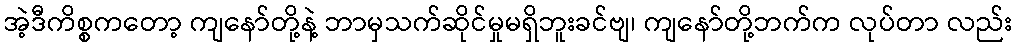
အဲ့ဒီကိစ္စကတော့ ကျနော်တို့နဲ့ ဘာမှသက်ဆိုင်မှုမရှိဘူးခင်ဗျ၊ ကျနော်တို့ဘက်က လုပ်တာ လည်း